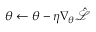
\theta \gets \theta - \eta \nabla _ { \theta } \hat { \mathcal { L } }